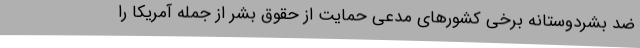
ضد بشردوستانه برخی کشورهای مدعی حمایت از حقوق بشر از جمله آمریکا را